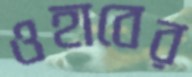
ওহাবের